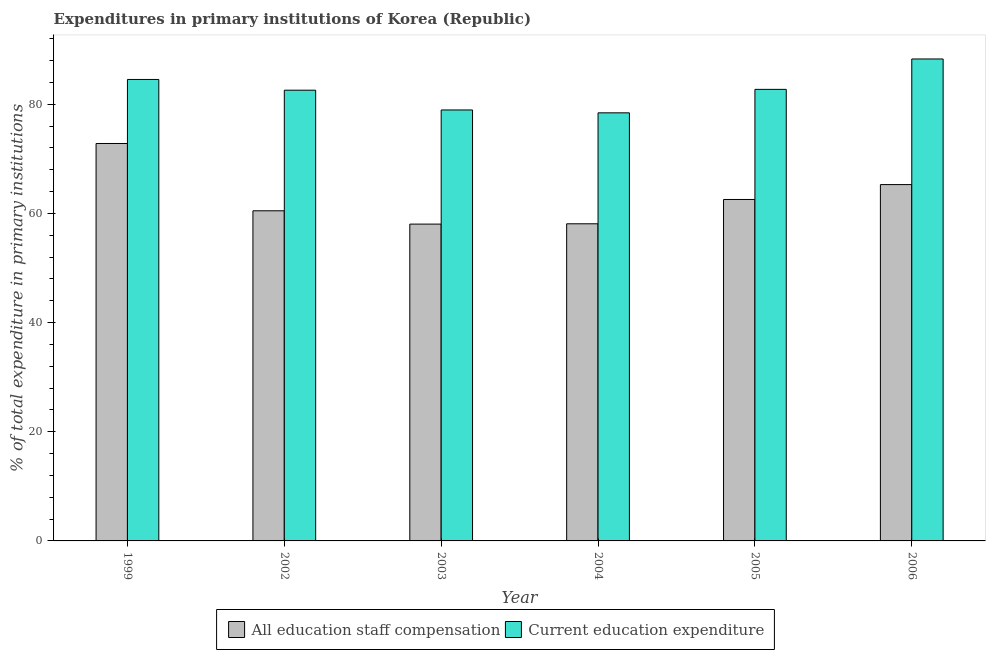
| Year | All education staff compensation | Current education expenditure |
 | --- | --- | --- |
 | 1999 | 72.8 | 84.5 |
 | 2002 | 60.5 | 82.6 |
 | 2003 | 58 | 79 |
 | 2004 | 58.1 | 78.4 |
 | 2005 | 62.6 | 82.7 |
 | 2006 | 65.3 | 88.3 |